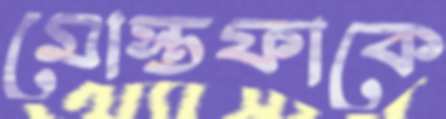
মোস্তফাকে